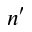
n ^ { \prime }